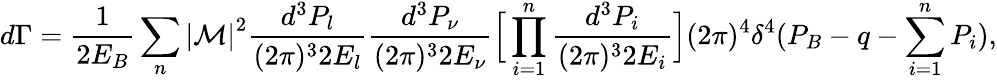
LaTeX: d\Gamma=\frac{1}{2E_{B}}\sum_{n}\left|{\cal M}\right|^{2}\frac{d^{3}P_{l}}{(2\pi)^{3}2E_{l}}\frac{d^{3}P_{\nu}}{(2\pi)^{3}2E_{\nu}}\Big[\prod_{i=1}^{n}\frac{d^{3}P_{i}}{(2\pi)^{3}2E_{i}}\Big](2\pi)^{4}\delta^{4}(P_{B}-q-\sum_{i=1}^{n}P_{i}),